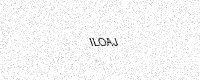
Text: ILOAJ